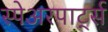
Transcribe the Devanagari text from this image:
स्पेअरपार्ट्स